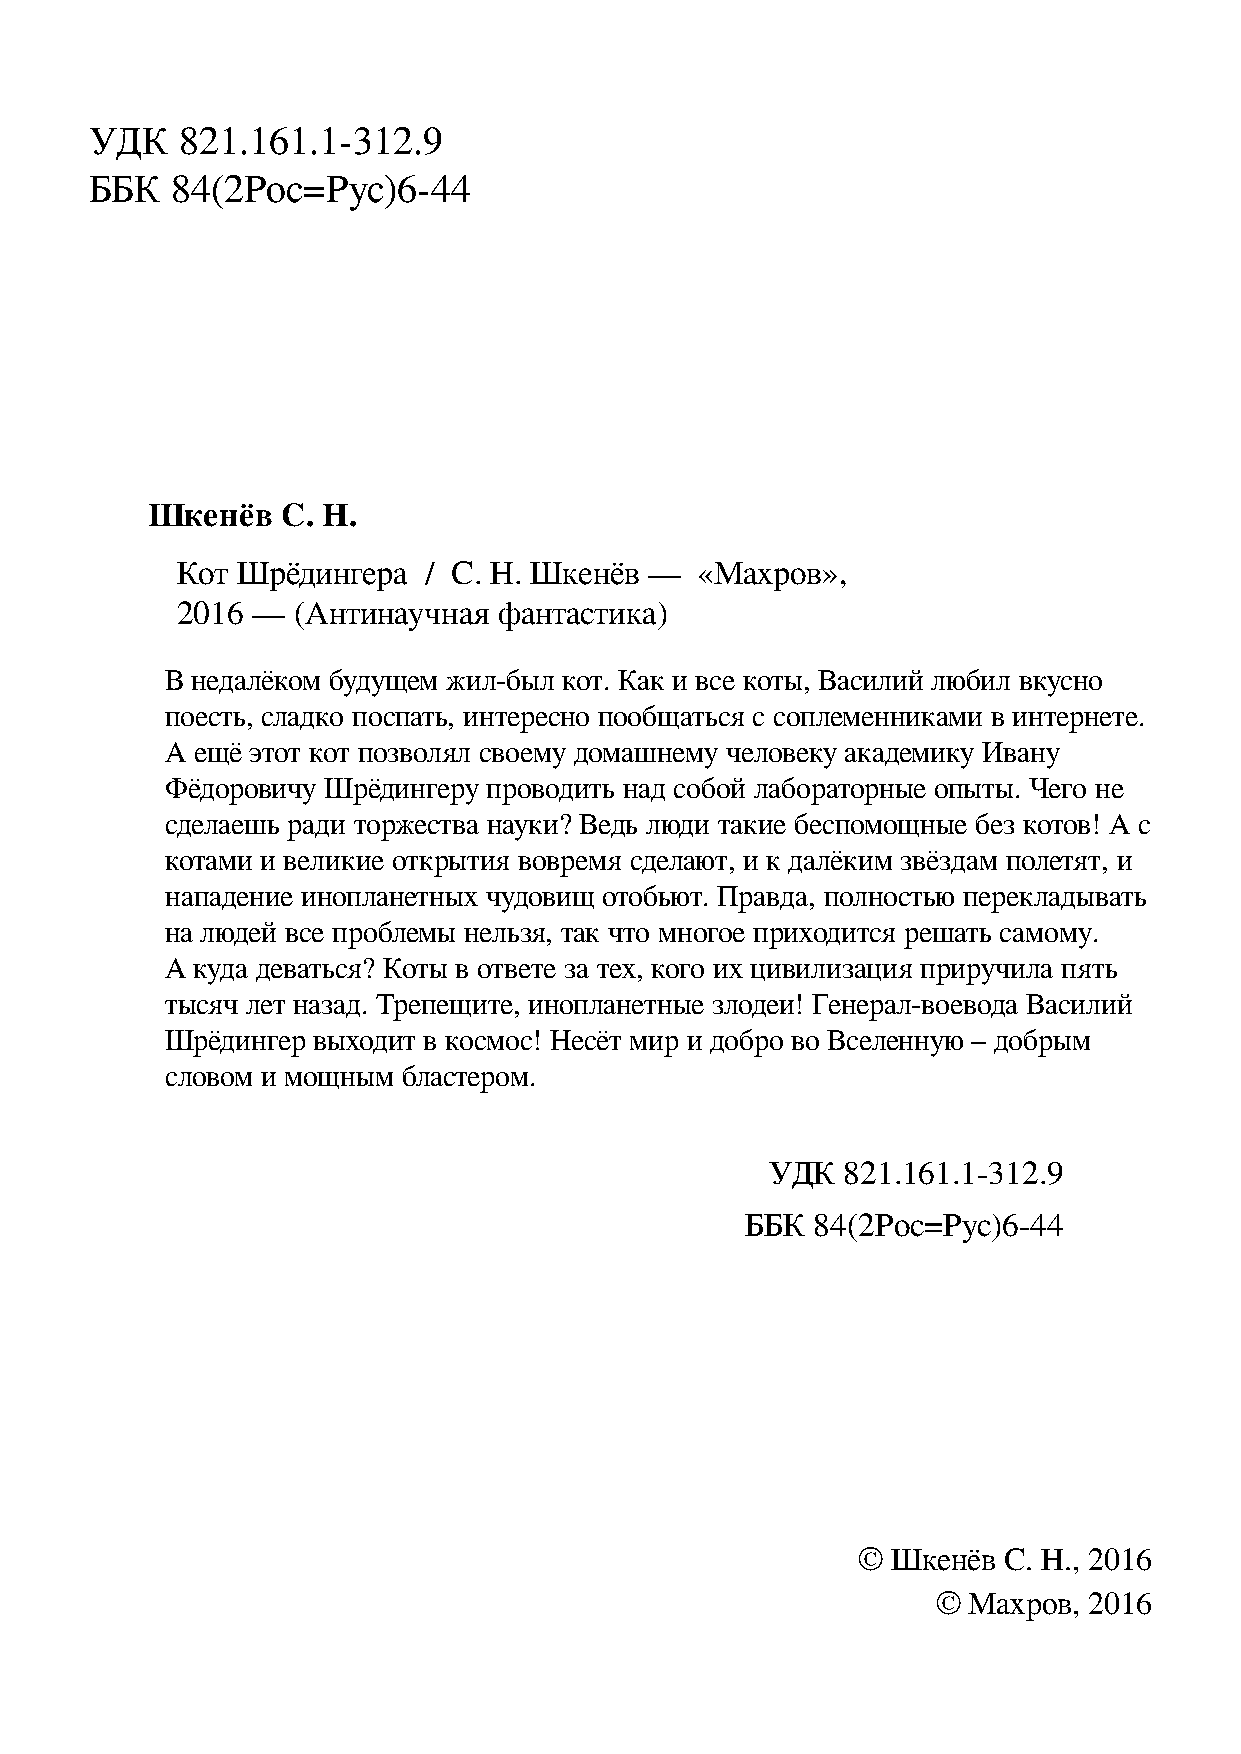
УДК   821.161.1-312.9
 ББК  84(2Рос=Pус)6-44
 Шкенёв   С. Н.
 Кот Шрёдингера  / С. Н. Шкенёв —  «Махров»,
 2016 — (Антинаучная  фантастика)
 В недалёком будущем жил-был кот. Как и все коты, Василий любил вкусно
 поесть, сладко поспать, интересно пообщаться с соплеменниками в интернете.
 А ещё этот кот позволял своему домашнему человеку академику Ивану
 Фёдоровичу Шрёдингеру проводить над собой лабораторные опыты. Чего не
 сделаешь ради торжества науки? Ведь люди такие беспомощные без котов! А с
 котами и великие открытия вовремя сделают, и к далёким звёздам полетят, и
 нападение инопланетных чудовищ отобьют. Правда, полностью перекладывать
 на людей все проблемы нельзя, так что многое приходится решать самому.
 А куда деваться? Коты в ответе за тех, кого их цивилизация приручила пять
 тысяч лет назад. Трепещите, инопланетные злодеи! Генерал-воевода Василий
 Шрёдингер выходит в космос! Несёт мир и добро во Вселенную – добрым
 словом и мощным бластером.
 УДК  821.161.1-312.9
 ББК  84(2Рос=Pус)6-44
 © Шкенёв С. Н., 2016
 © Махров, 2016